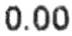
0.00